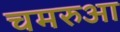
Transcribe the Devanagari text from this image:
चमरुआ